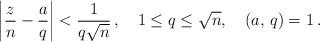
LaTeX: \begin{align*}\left|\frac{z}{n}-\frac{a}{q}\right|<\frac{1}{q\sqrt{n}}\,, \quad1\leq q\leq \sqrt{n},\quad(a,\,q)=1\,.\end{align*}